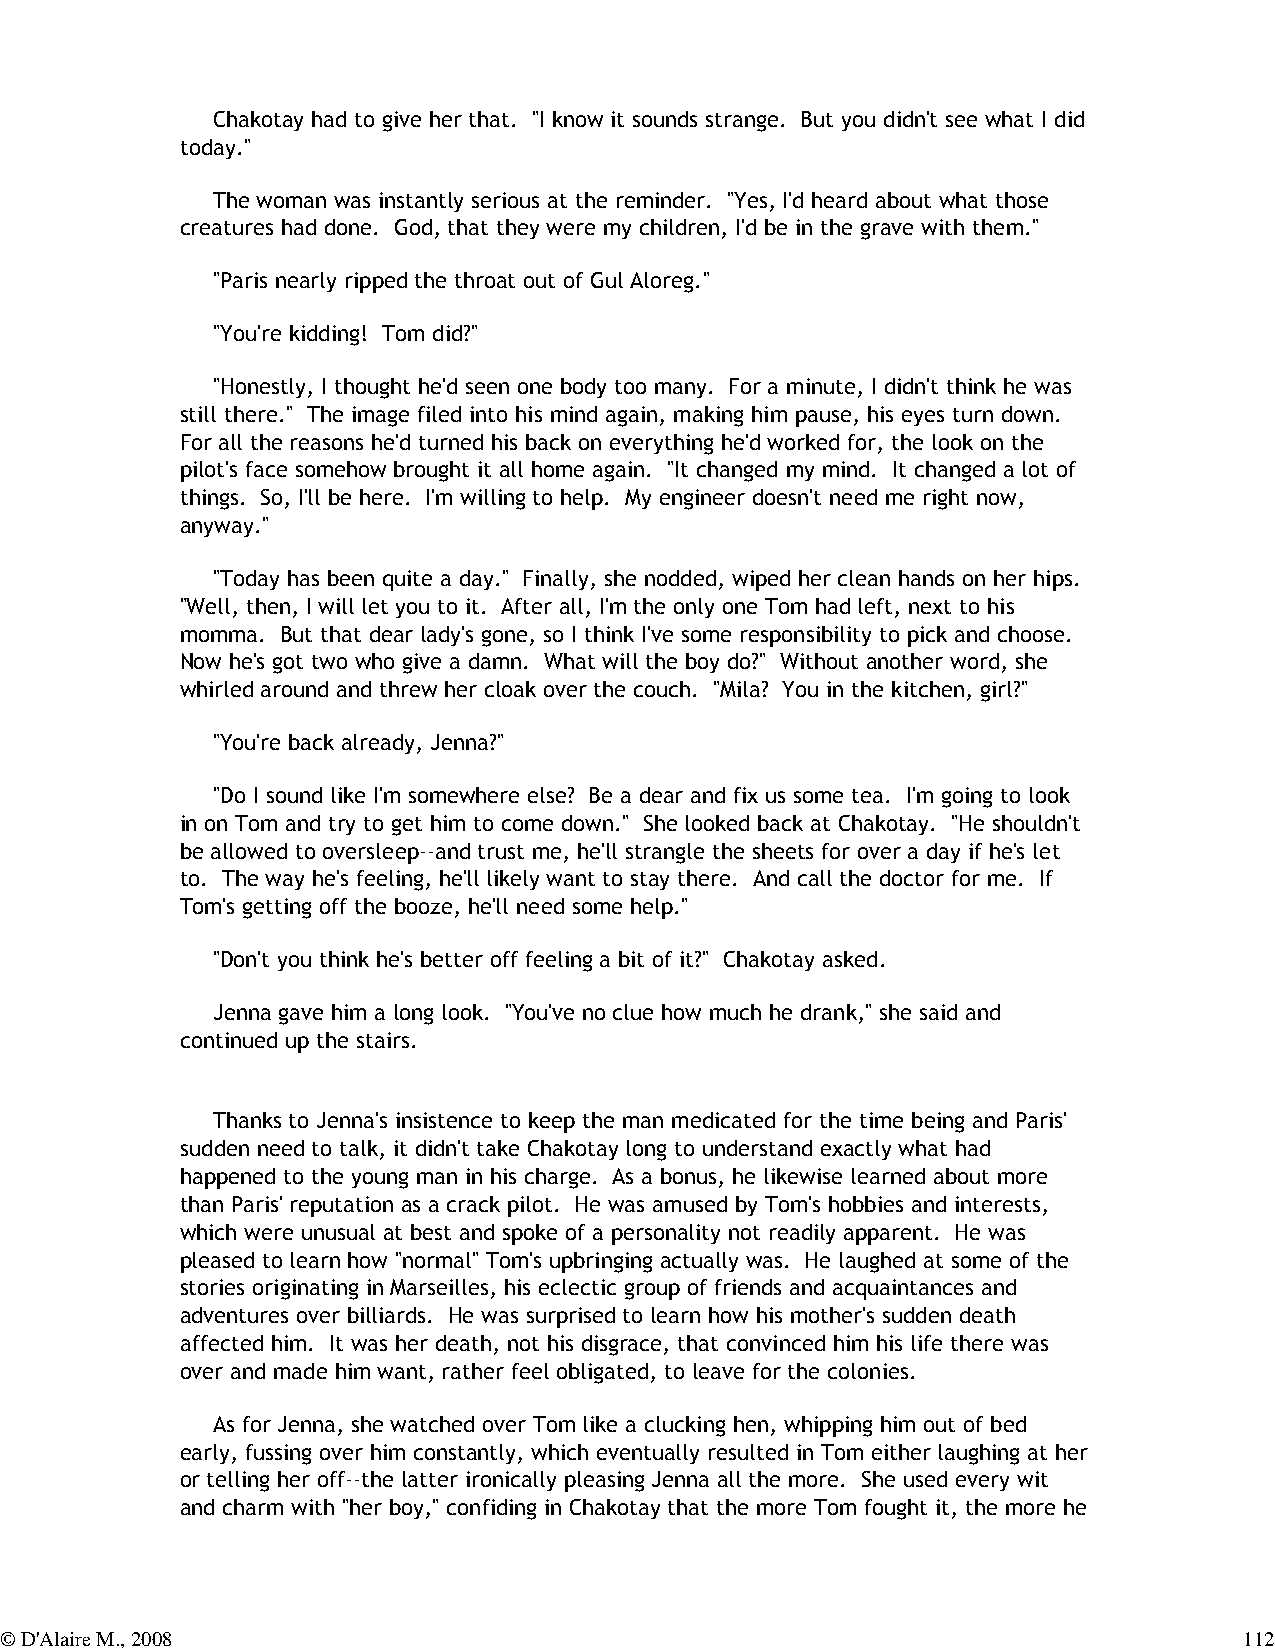
Chakotay had to give her that. "I know it sounds strange. But you didn't see what I did
 today."
 The woman was instantly serious at the reminder. "Yes, I'd heard about what those
 creatures had done. God, that they were my children, I'd be in the grave with them."
 "Paris nearly ripped the throat out of Gul Aloreg."
 "You're kidding! Tom did?"
 "Honestly, I thought he'd seen one body too many. For a minute, I didn't think he was
 still there." The image filed into his mind again, making him pause, his eyes turn down.
 For all the reasons he'd turned his back on everything he'd worked for, the look on the
 pilot's face somehow brought it all home again. "It changed my mind. It changed a lot of
 things. So, I'll be here. I'm willing to help. My engineer doesn't need me right now,
 anyway."
 "Today has been quite a day." Finally, she nodded, wiped her clean hands on her hips.
 "Well, then, I will let you to it. After all, I'm the only one Tom had left, next to his
 momma. But that dear lady's gone, so I think I've some responsibility to pick and choose.
 Now he's got two who give a damn. What will the boy do?" Without another word, she
 whirled around and threw her cloak over the couch. "Mila? You in the kitchen, girl?"
 "You're back already, Jenna?"
 "Do I sound like I'm somewhere else? Be a dear and fix us some tea. I'm going to look
 in on Tom and try to get him to come down." She looked back at Chakotay. "He shouldn't
 be allowed to oversleep--and trust me, he'll strangle the sheets for over a day if he's let
 to. The way he's feeling, he'll likely want to stay there. And call the doctor for me. If
 Tom's getting off the booze, he'll need some help."
 "Don't you think he's better off feeling a bit of it?" Chakotay asked.
 Jenna gave him a long look. "You've no clue how much he drank," she said and
 continued up the stairs.
 Thanks to Jenna's insistence to keep the man medicated for the time being and Paris'
 sudden need to talk, it didn't take Chakotay long to understand exactly what had
 happened to the young man in his charge. As a bonus, he likewise learned about more
 than Paris' reputation as a crack pilot. He was amused by Tom's hobbies and interests,
 which were unusual at best and spoke of a personality not readily apparent. He was
 pleased to learn how "normal" Tom's upbringing actually was. He laughed at some of the
 stories originating in Marseilles, his eclectic group of friends and acquaintances and
 adventures over billiards. He was surprised to learn how his mother's sudden death
 affected him. It was her death, not his disgrace, that convinced him his life there was
 over and made him want, rather feel obligated, to leave for the colonies.
 As for Jenna, she watched over Tom like a clucking hen, whipping him out of bed
 early, fussing over him constantly, which eventually resulted in Tom either laughing at her
 or telling her off--the latter ironically pleasing Jenna all the more. She used every wit
 and charm with "her boy," confiding in Chakotay that the more Tom fought it, the more he
 © D'Alaire M., 2008                                                               112